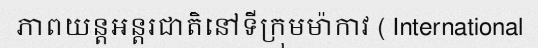
ភាពយន្តអន្តរជាតិនៅទីក្រុមម៉ាកាវ ( International